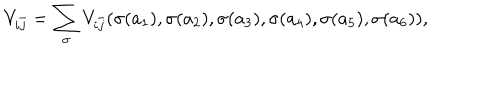
LaTeX: V _ { i \bar { j } } = \sum _ { \sigma } V _ { i \bar { j } } ( \sigma ( a _ { 1 } ) , \sigma ( a _ { 2 } ) , \sigma ( a _ { 3 } ) , \sigma ( a _ { 4 } ) , \sigma ( a _ { 5 } ) , \sigma ( a _ { 6 } ) ) ,